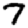
Digit: 7